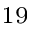
^ { 1 9 }